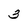
Character: 3